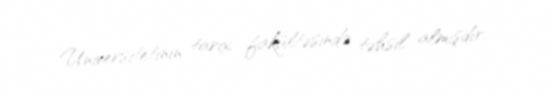
Universitetinin tarix fakültəsində təhsil almışdır.